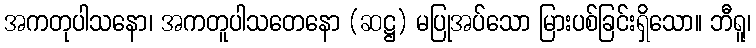
အကတုပါသနော၊ အကတူပါသတေနော (ဆဋ္ဌ) မပြုအပ်သော မြားပစ်ခြင်းရှိသော။ ဘီရူ၊